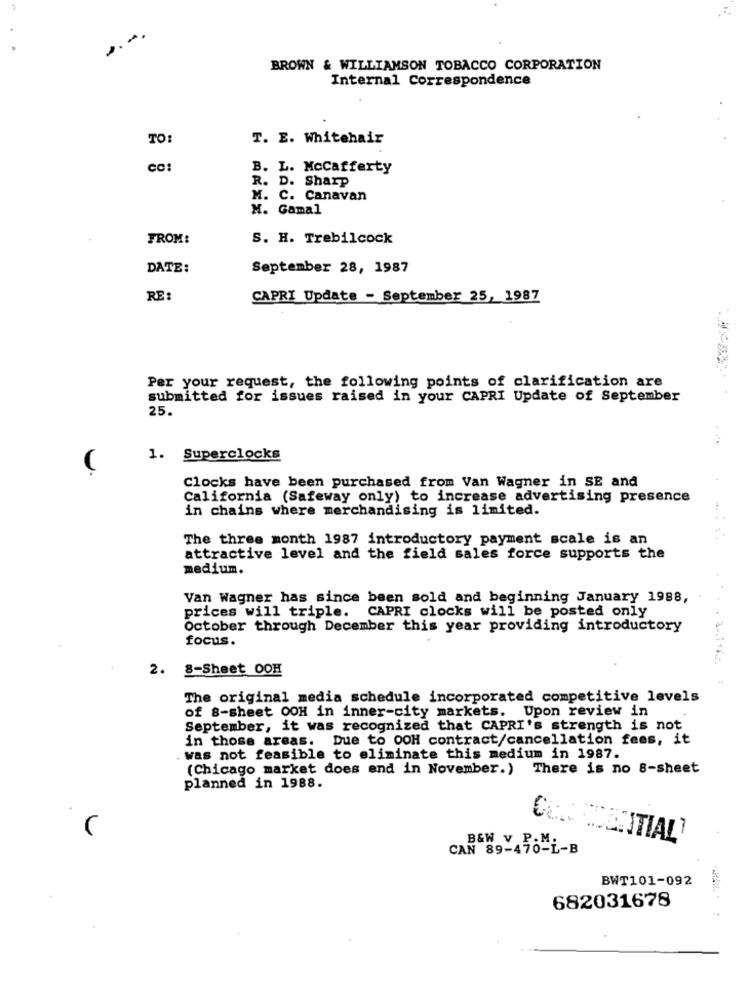
BROWN & WILLIAMSON TOBACCO CORPORATION
Internal Correspondence
TO:
T. E. Whitehair
B. L. Mccafferty
R. D. Sharp
M. C. Canavan
M. Gamal
FROM:
S. H. Trebilcock
DATE:
September 28, 1987
RE:
CAPRI Update - September 25, 1987
Per your request, the following points of clarification are
submitted for issues raised in your CAPRI Update of September
25.
1. Superclocks
(
Clocks have been purchased from Van Wagner in SE and
California (Safeway only) to increase advertising presence
in chains where merchandising is limited.
The three month 1987 introductory payment scale is an
attractive level and the field sales force supports the
medium.
Van Wagner has since been sold and beginning January 1988,
prices will triple.
CAPRI clocks will be posted only
October through December this year providing introductory
focus.
2.
8-Sheet OOH
The original media schedule incorporated competitive levels
of 8-sheet OOH in inner-city markets. Upon review in
September, it was recognized that CAPRI's strength is not
in those areas. Due to OOH contract/cancellation fees, it
. was not feasible to eliminate this medium in 1987.
(Chicago market does end in November.) There is no 8-sheet
planned in 1988.
B&W V P.M.
CON COENTIAL
CAN 89-470-L-B
BWT101-092
682031678